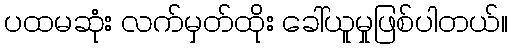
ပထမဆုံး လက်မှတ်ထိုး ခေါ်ယူမှုဖြစ်ပါတယ်။